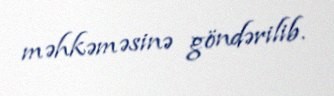
məhkəməsinə göndərilib.